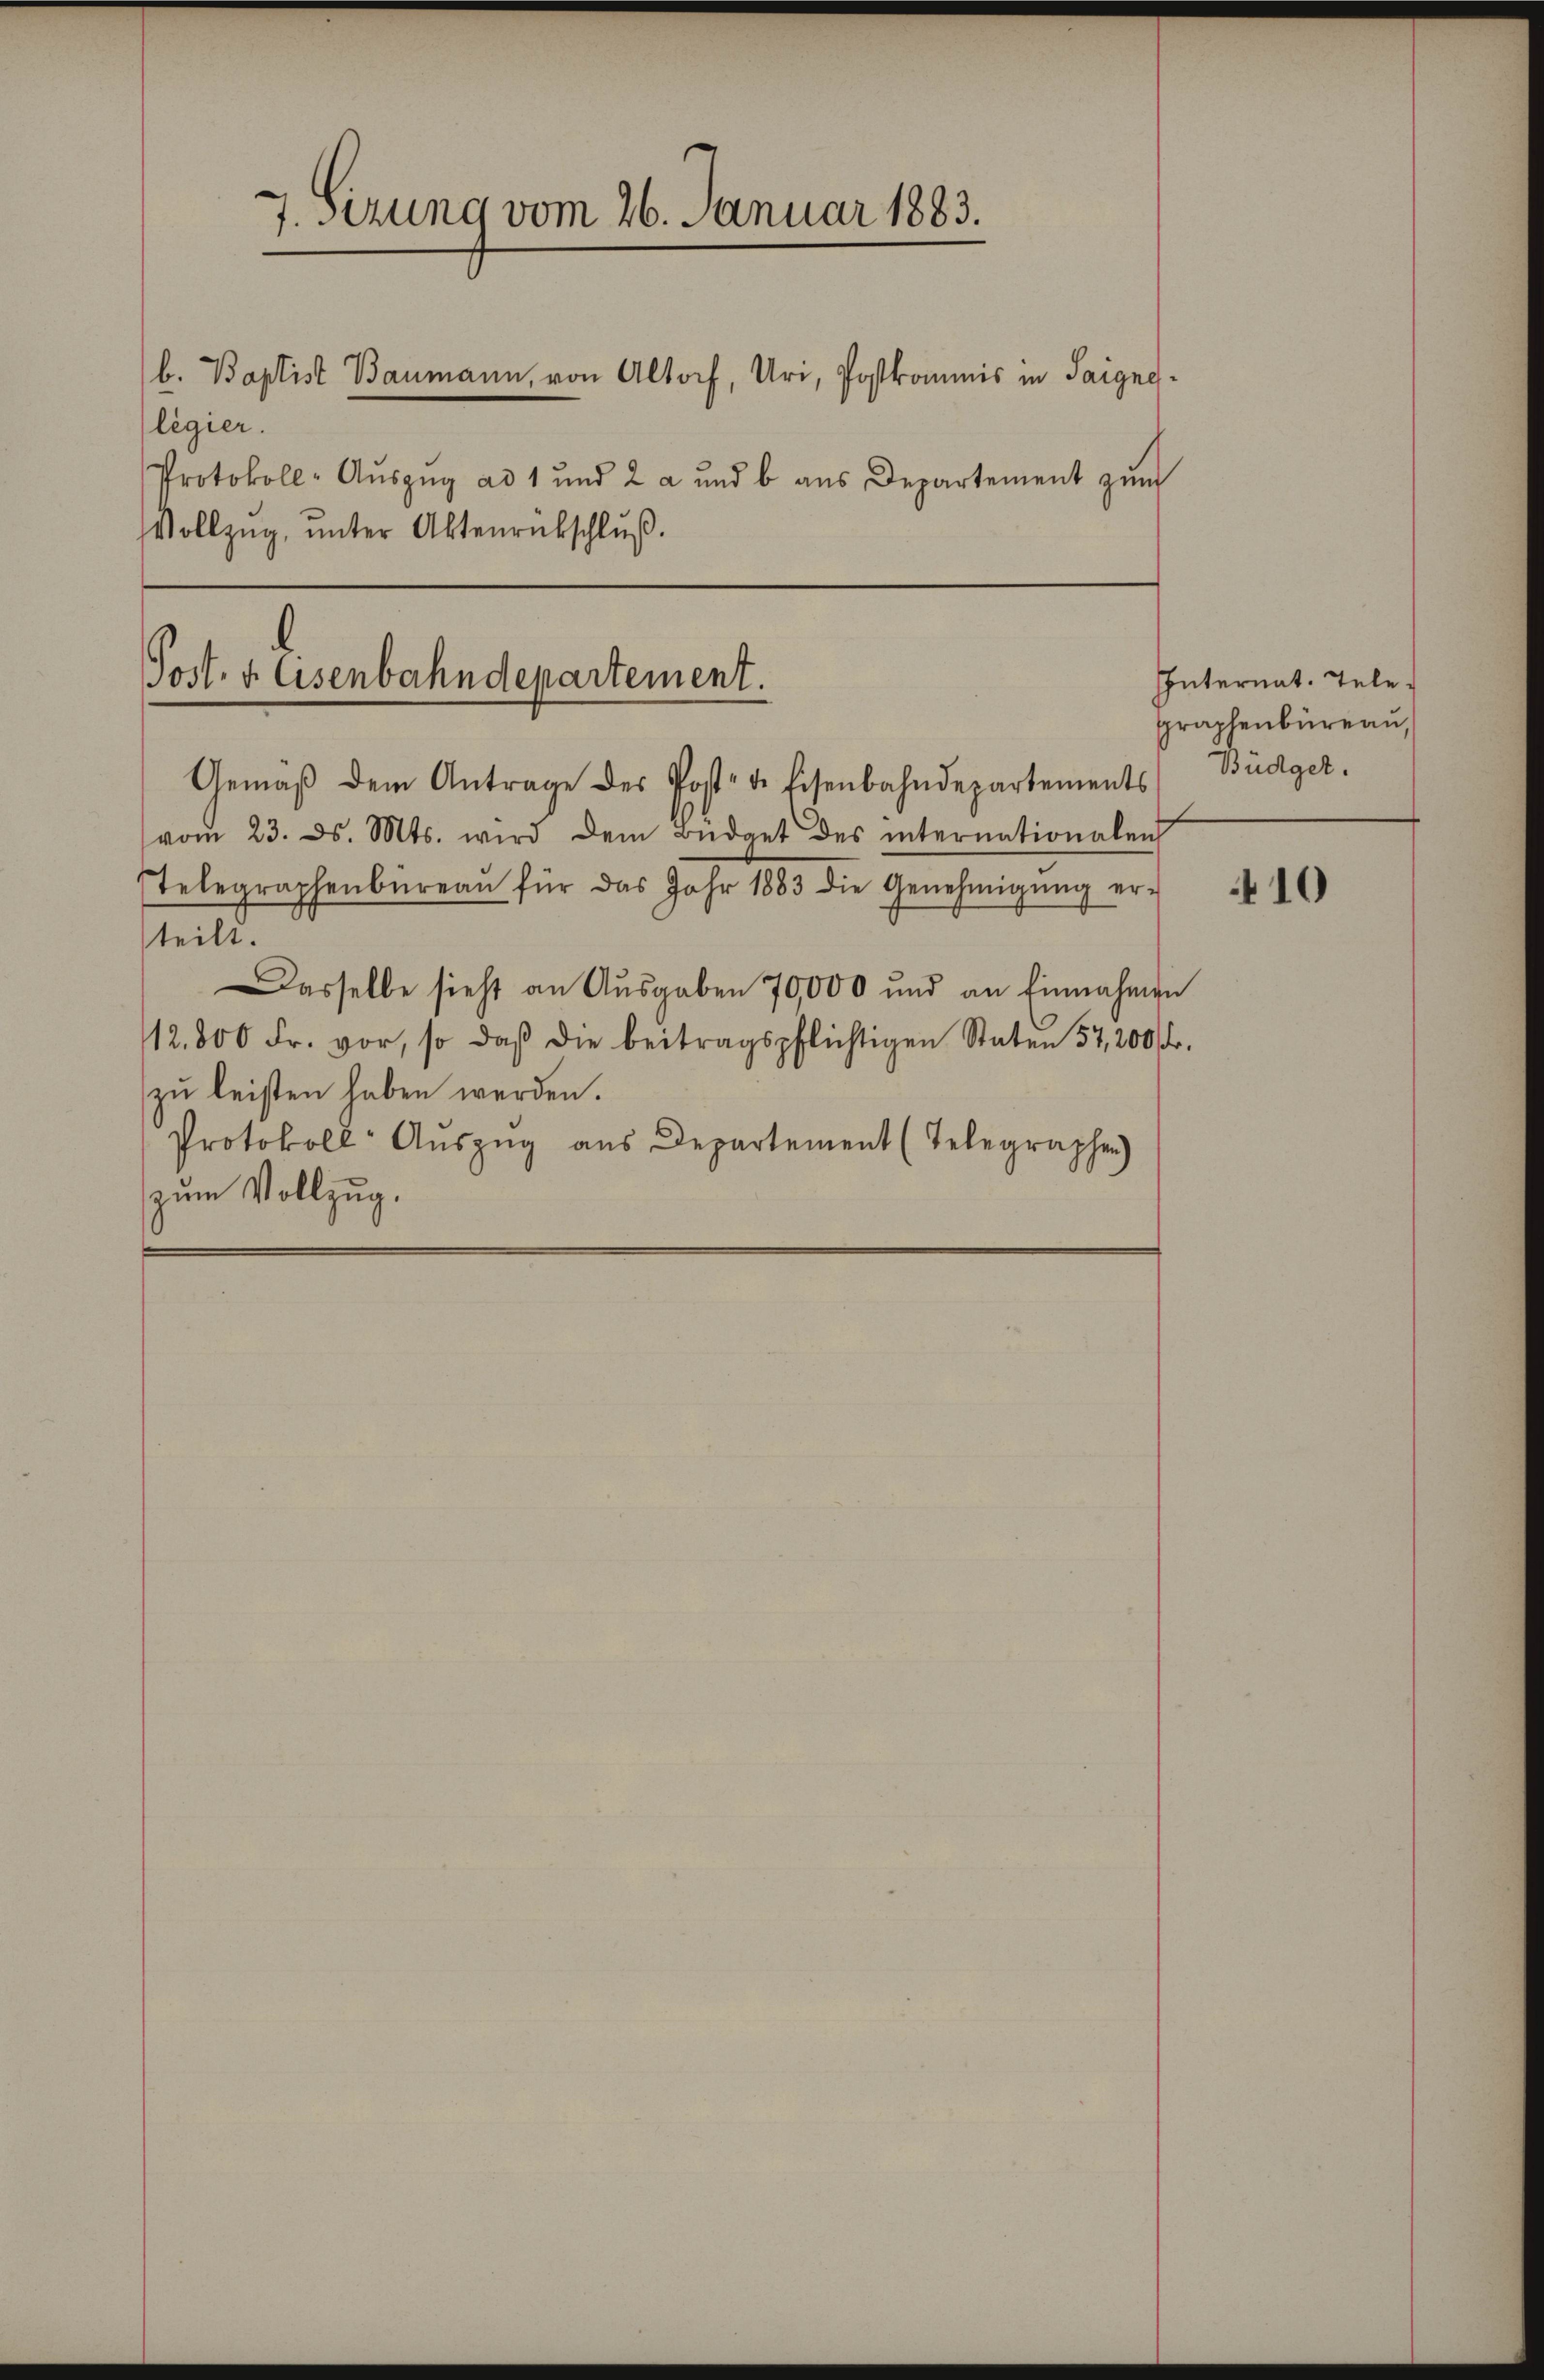
7. Sizung vom 26. Januar 1883.

legier.
Protokoll-Aŭszŭg ad 1 und 2 a und b. aŭs Departement zŭm
Vollzug, unter Aktenrückschluß.

b. Baptist Baumann, von Altoch, Uri, Postkommis in Saigne¬

Post. v. Eisenbahndepartement.

Gemäβ dem Antrage des Poste de Eisenbahndepartements
vom 23. ds. Mts. wird dem Büdget des internationalen
Telegraphenbüreaŭ für das Jahr 1883 die Genehmigŭng er-
telt.
Dasselbe sieht an Ausgaben 70,000 und an Einnahmen
112. 800 Fr. vor, so daβ die beitragspflichtigen Staten 57,200 fr.
zu leisten haben werden.
Protokoll Auszug aus Departement (Telegraphen)
zum Vollzug.

Internat. Telegraphenbüreau,
Büdget.

410